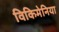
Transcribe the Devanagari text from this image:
विकिमेनिया